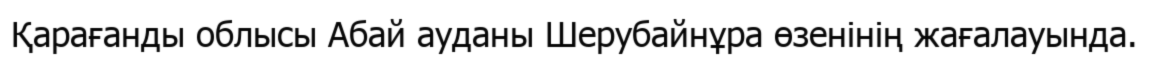
Қарағанды облысы Абай ауданы Шерубайнұра өзенінің жағалауында.